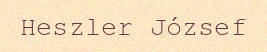
Heszler József